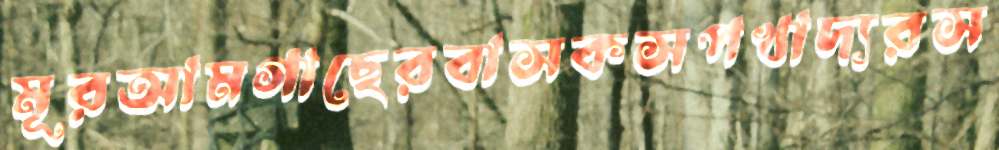
মূরআমগাছেরবাসকসপখাদ্যরস